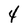
Character: 4